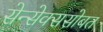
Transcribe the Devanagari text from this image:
सेन्सेक्ससोबत